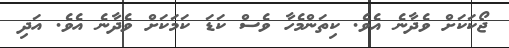
ޖޯކަަކަށް ވެދާނެ އެވެ. ކިތަންމެހާ ވެސް ކަޑަ ކަމަކަށް ވެދާނެ އެވެ. އަދި